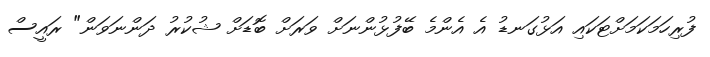
ފުރިހަމަކަމަށްޓަކައި އަޅުގަނޑު އެ އެންމެ ބޭފުޅުންނަށް ވަރަށް ބޮޑަށް ޝުކުރު ދަންނަވަން" ރައީސް